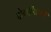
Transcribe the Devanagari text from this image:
दोन्हींसाठी